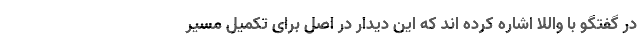
در گفتگو با واللا اشاره کرده اند که این دیدار در اصل برای تکمیل مسیر